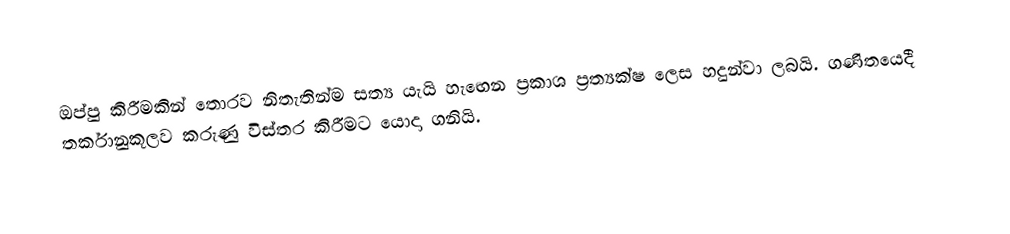
ඔප්පු කිරීමකින් තොරව නිතැතින්ම සත්‍ය යැයි හැඟෙන ප්‍රකාශ ප්‍රත්‍යක්ෂ ලෙස හදුන්වා ලබයි. ගණිතයෙදී තර්කානුකූලව කරුණු විස්තර කිරීමට යොදා ගනියි.